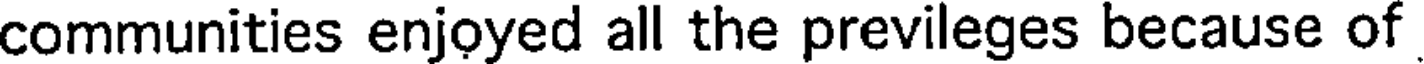
communities enjoyed all the previleges because of